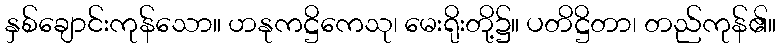
နှစ်ချောင်းကုန်သော။ ဟနုကဋ္ဌိကေသု၊ မေးရိုးတို့၌။ ပတိဋ္ဌိတာ၊ တည်ကုန်၏။